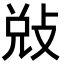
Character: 𭣳